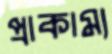
প্রাকাম্য